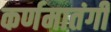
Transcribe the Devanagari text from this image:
कर्णमातंगी